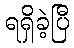
ရရှိခဲ့ပြီ